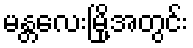
မန္တလေးမြို့အတွင်း